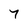
Character: 7